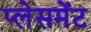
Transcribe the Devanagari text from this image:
प्‍लेसमेंट